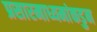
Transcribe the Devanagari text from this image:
प्रसारमाध्यमांकडुन